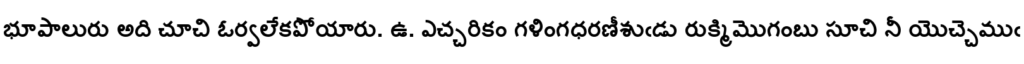
భూపాలురు అది చూచి ఓర్వలేకపోయారు. ఉ. ఎచ్చరికం గళింగధరణీశుఁడు రుక్మిమొగంబు సూచి నీ యొచ్చెముఁ